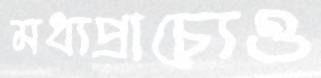
মধ্যপ্রাচ্যেও